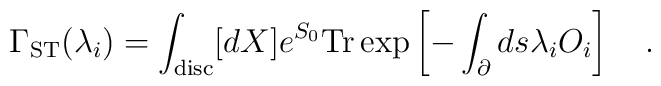
\Gamma_{\rm ST} (\lambda_i) = \int_{\rm disc} [dX] e^{S_0} {\rm Tr}       \exp \left [ - \int_{\partial} ds \lambda_i O_i \right ] \quad .